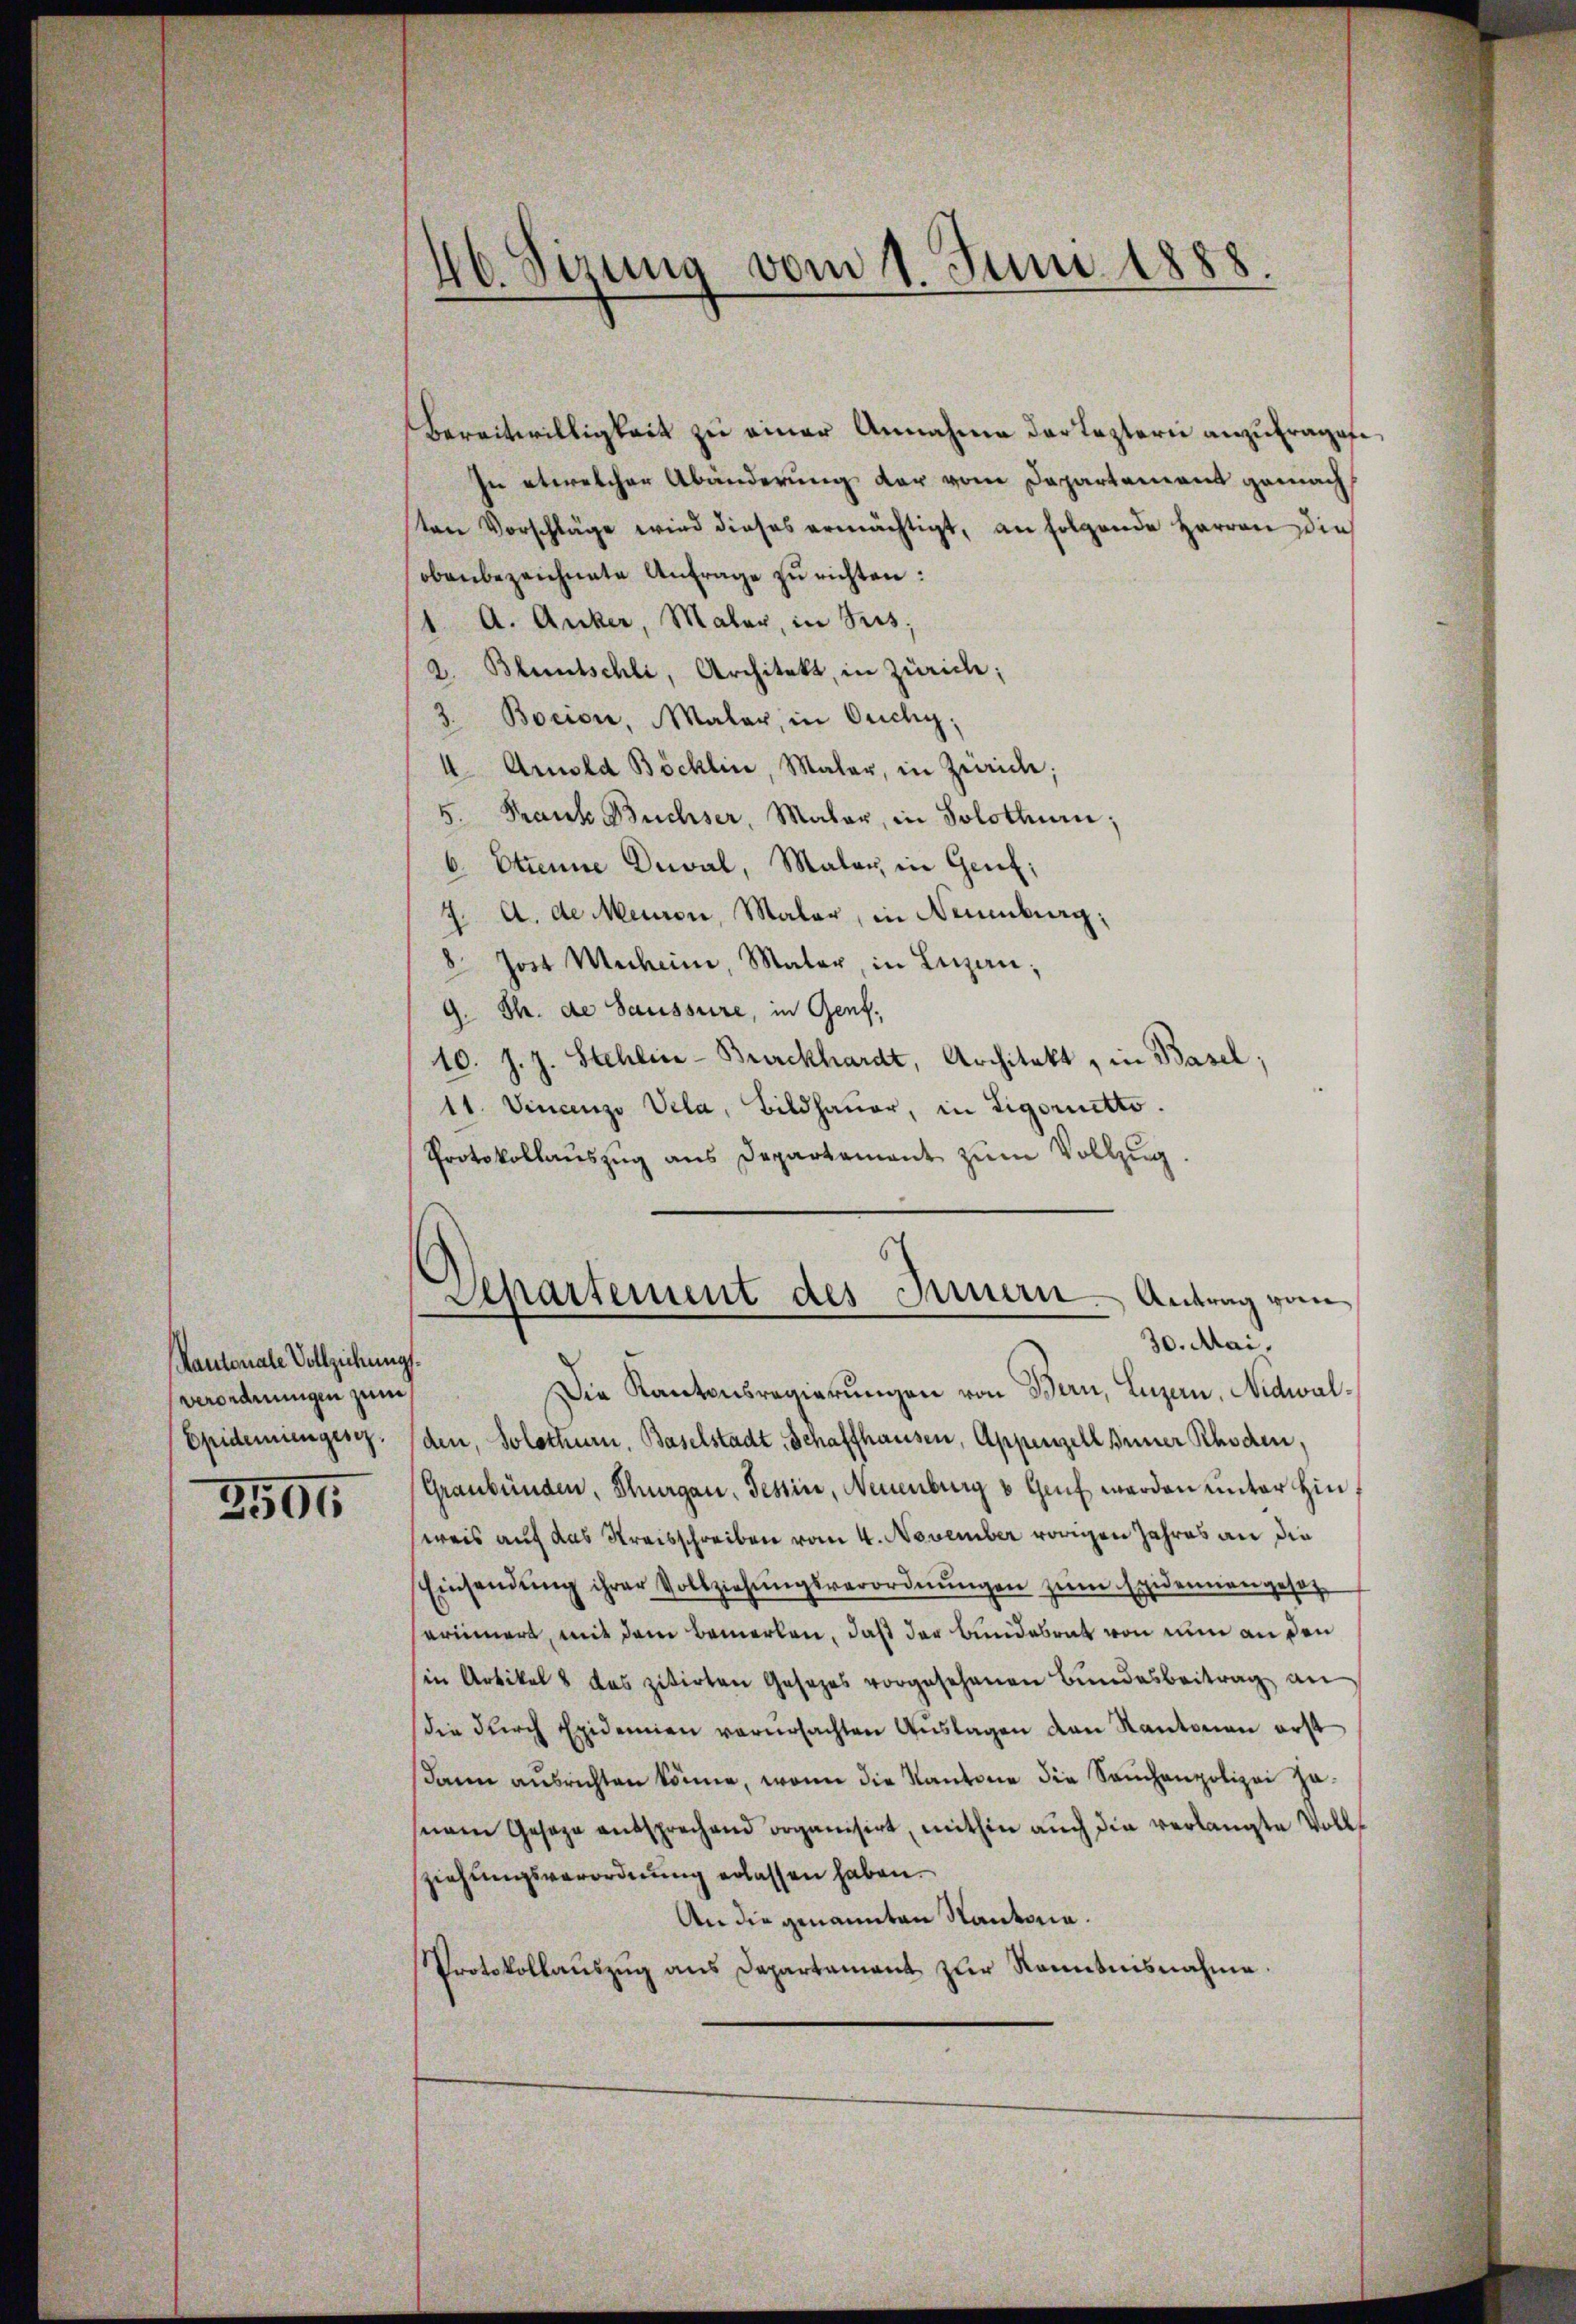
Kantonale Vollziehung.
verordnungen zum
Epidemiengesez.
2594

46. Sizung vom 1. Juni 1888.

Bereitwilligkeit zu einer Annahme der Leztern anzufragen,
In etwelcher Abänderung der vom Departement gemachten Vorschläge wird dieses ermächtigt, an folgende Herren dies
obenbezeichnete Anfrage zu richten:
1. A. Anker, Maler, in Sees;
2. Bluntschli, Architekt, in Zürich;
3. Bocion, Maler, in Ouchy,
4. Arnold Böcklin, Maler, in Zürich;
5. Franke Büchser, Maler, in Solothur;
b. Ottene Dial, Malar, in Genf;
7. A. de Meinen, Maler, in Neuenburg:
8 Jost Mecheine, Maler, in Luzern,
9. Th. de Saussure, in Genf,
10. J. J. Stehlin-Burckhardt, Architekt, in Basel;
11. Vincenzo Vela, Bildhaŭer, in Ligoretto.
Protokollauszug aus Departement zŭm Vollzug.

Die Kantonsregierungen von Bern, Luzern, Nidwalden, Solothurn, Baselstadt, Schaffhausen, Appenzell Beiner Rhoden,
Graubünden, Thurgau, Tessin, Neuenburg & Genf werden unter Hinweis auf das Kreisschreiben vom 4. November vorigen Jahres an die
Einsendŭng ihrer Vollziehŭngsverordnŭngen zŭm Exdennengesetz
serinnert, mit dem Bemerken, daß der Bundesrat von nun anden
sin Artikel 8 das zitirten Gesezes vorgesehenen Bundesbeitrag an
die dŭrch Epidemien verŭrsachten Aŭslagen den Kantonen erst
dann ausrichten könne, wenn die Kantone die Sachenpolizei zu
sem Gesage entsprechend organisirt, mithin auch die verlangte Vollziehungsverordnung erlassen haben.
An die genannten Kantoria.
Protokollaŭszŭg ans Departament zur Kenntnisnahme.

Departement des Innern Antrag vom
30. Mai,